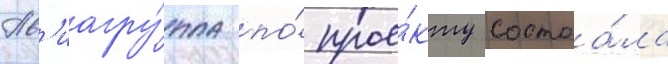
Ав'иагру́ппа по́ прое́кту состоа́ла